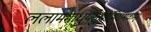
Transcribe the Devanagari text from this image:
ललाममाधुर्यसुधाभिरामकम्।